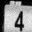
Digit: 4